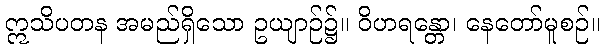
ဣသိပတန အမည်ရှိသော ဥယျာဉ်၌။ ဝိဟရန္တော၊ နေတော်မူစဉ်။